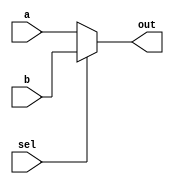
module mux1(a,b,sel,out);
  input a,b,sel;
  output out;
  initial
  $display("MUX_1 is instantiated");

  assign out=sel?b:a;
  
endmodule